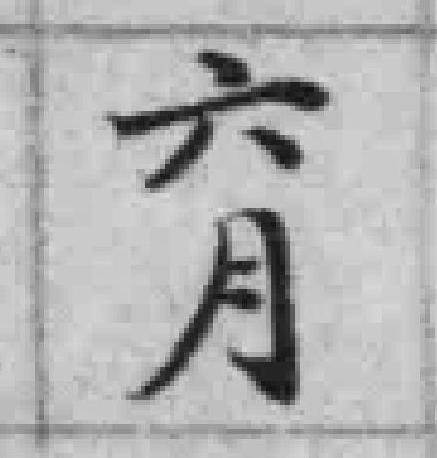
六月